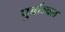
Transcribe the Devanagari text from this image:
पुर्वाञ्चल